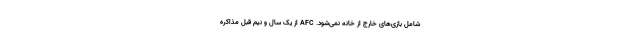
شامل بازی‌های خارج از خانه نمی‌شود. AFC از یک سال و نیم قبل مذاکره